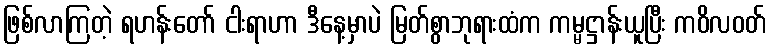
ဖြစ်လာကြတဲ့ ရဟန်းတော် ငါးရာဟာ ဒီနေ့မှာပဲ မြတ်စွာဘုရားထံက ကမ္မဋ္ဌာန်းယူပြီး ကဝိလဝတ်